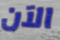
الآن